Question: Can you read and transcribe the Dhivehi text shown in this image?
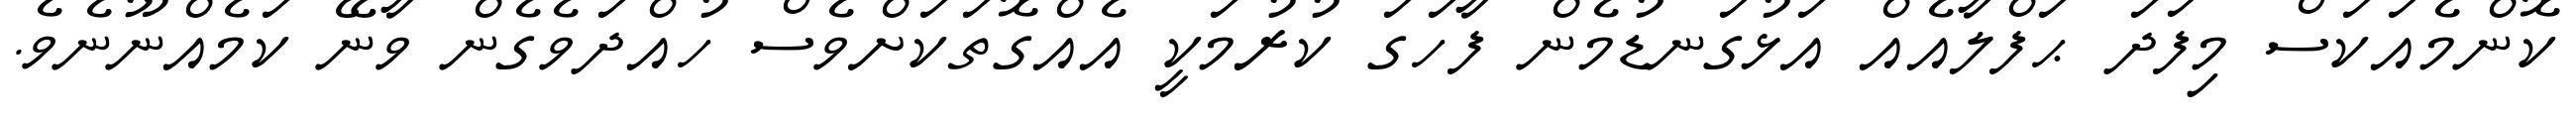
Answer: ކޮންމެއަކަސް މިފަދަ ޙަފްލާއެއް އަޅުގަނޑުމެން ފާހަގަ ކުރުމަކީ އެއްގޮތަކަށްވެސް ހުއްދަވެގެން ވާނޭ ކަމެއްނޫނެވެ.